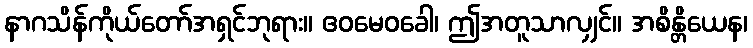
နာဂသိန်ကိုယ်တော်အရှင်ဘုရား။ ဧဝမေဝခေါ၊ ဤအတူသာလျှင်။ အစိန္တိယေန၊